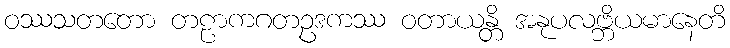
ဝဿသတတော တဠာကဂတဥဒကဿ ဝတာယန္တိ အနုပလဗ္ဘိယမာနေတိ